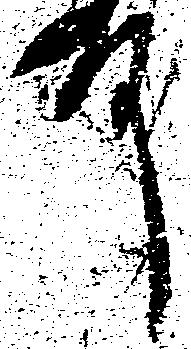
殿